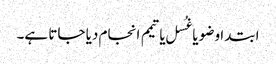
ابتدا وضو یا غُسل یا تیمم انجام دیا جاتا ہے۔